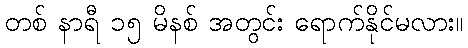
တစ် နာရီ ၁၅ မိနစ် အတွင်း ရောက်နိုင်မလား။